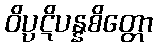
ဝိပ္ပဋိပန္နစိတ္တော